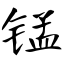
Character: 锰